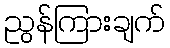
ညွန်ကြားချက်